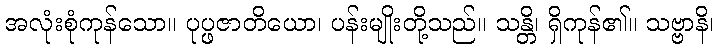
အလုံးစုံကုန်သော။ ပုပ္ဖဇာတိယော၊ ပန်းမျိုးတို့သည်။ သန္တိ၊ ရှိကုန်၏။ သဗ္ဗာနိ၊